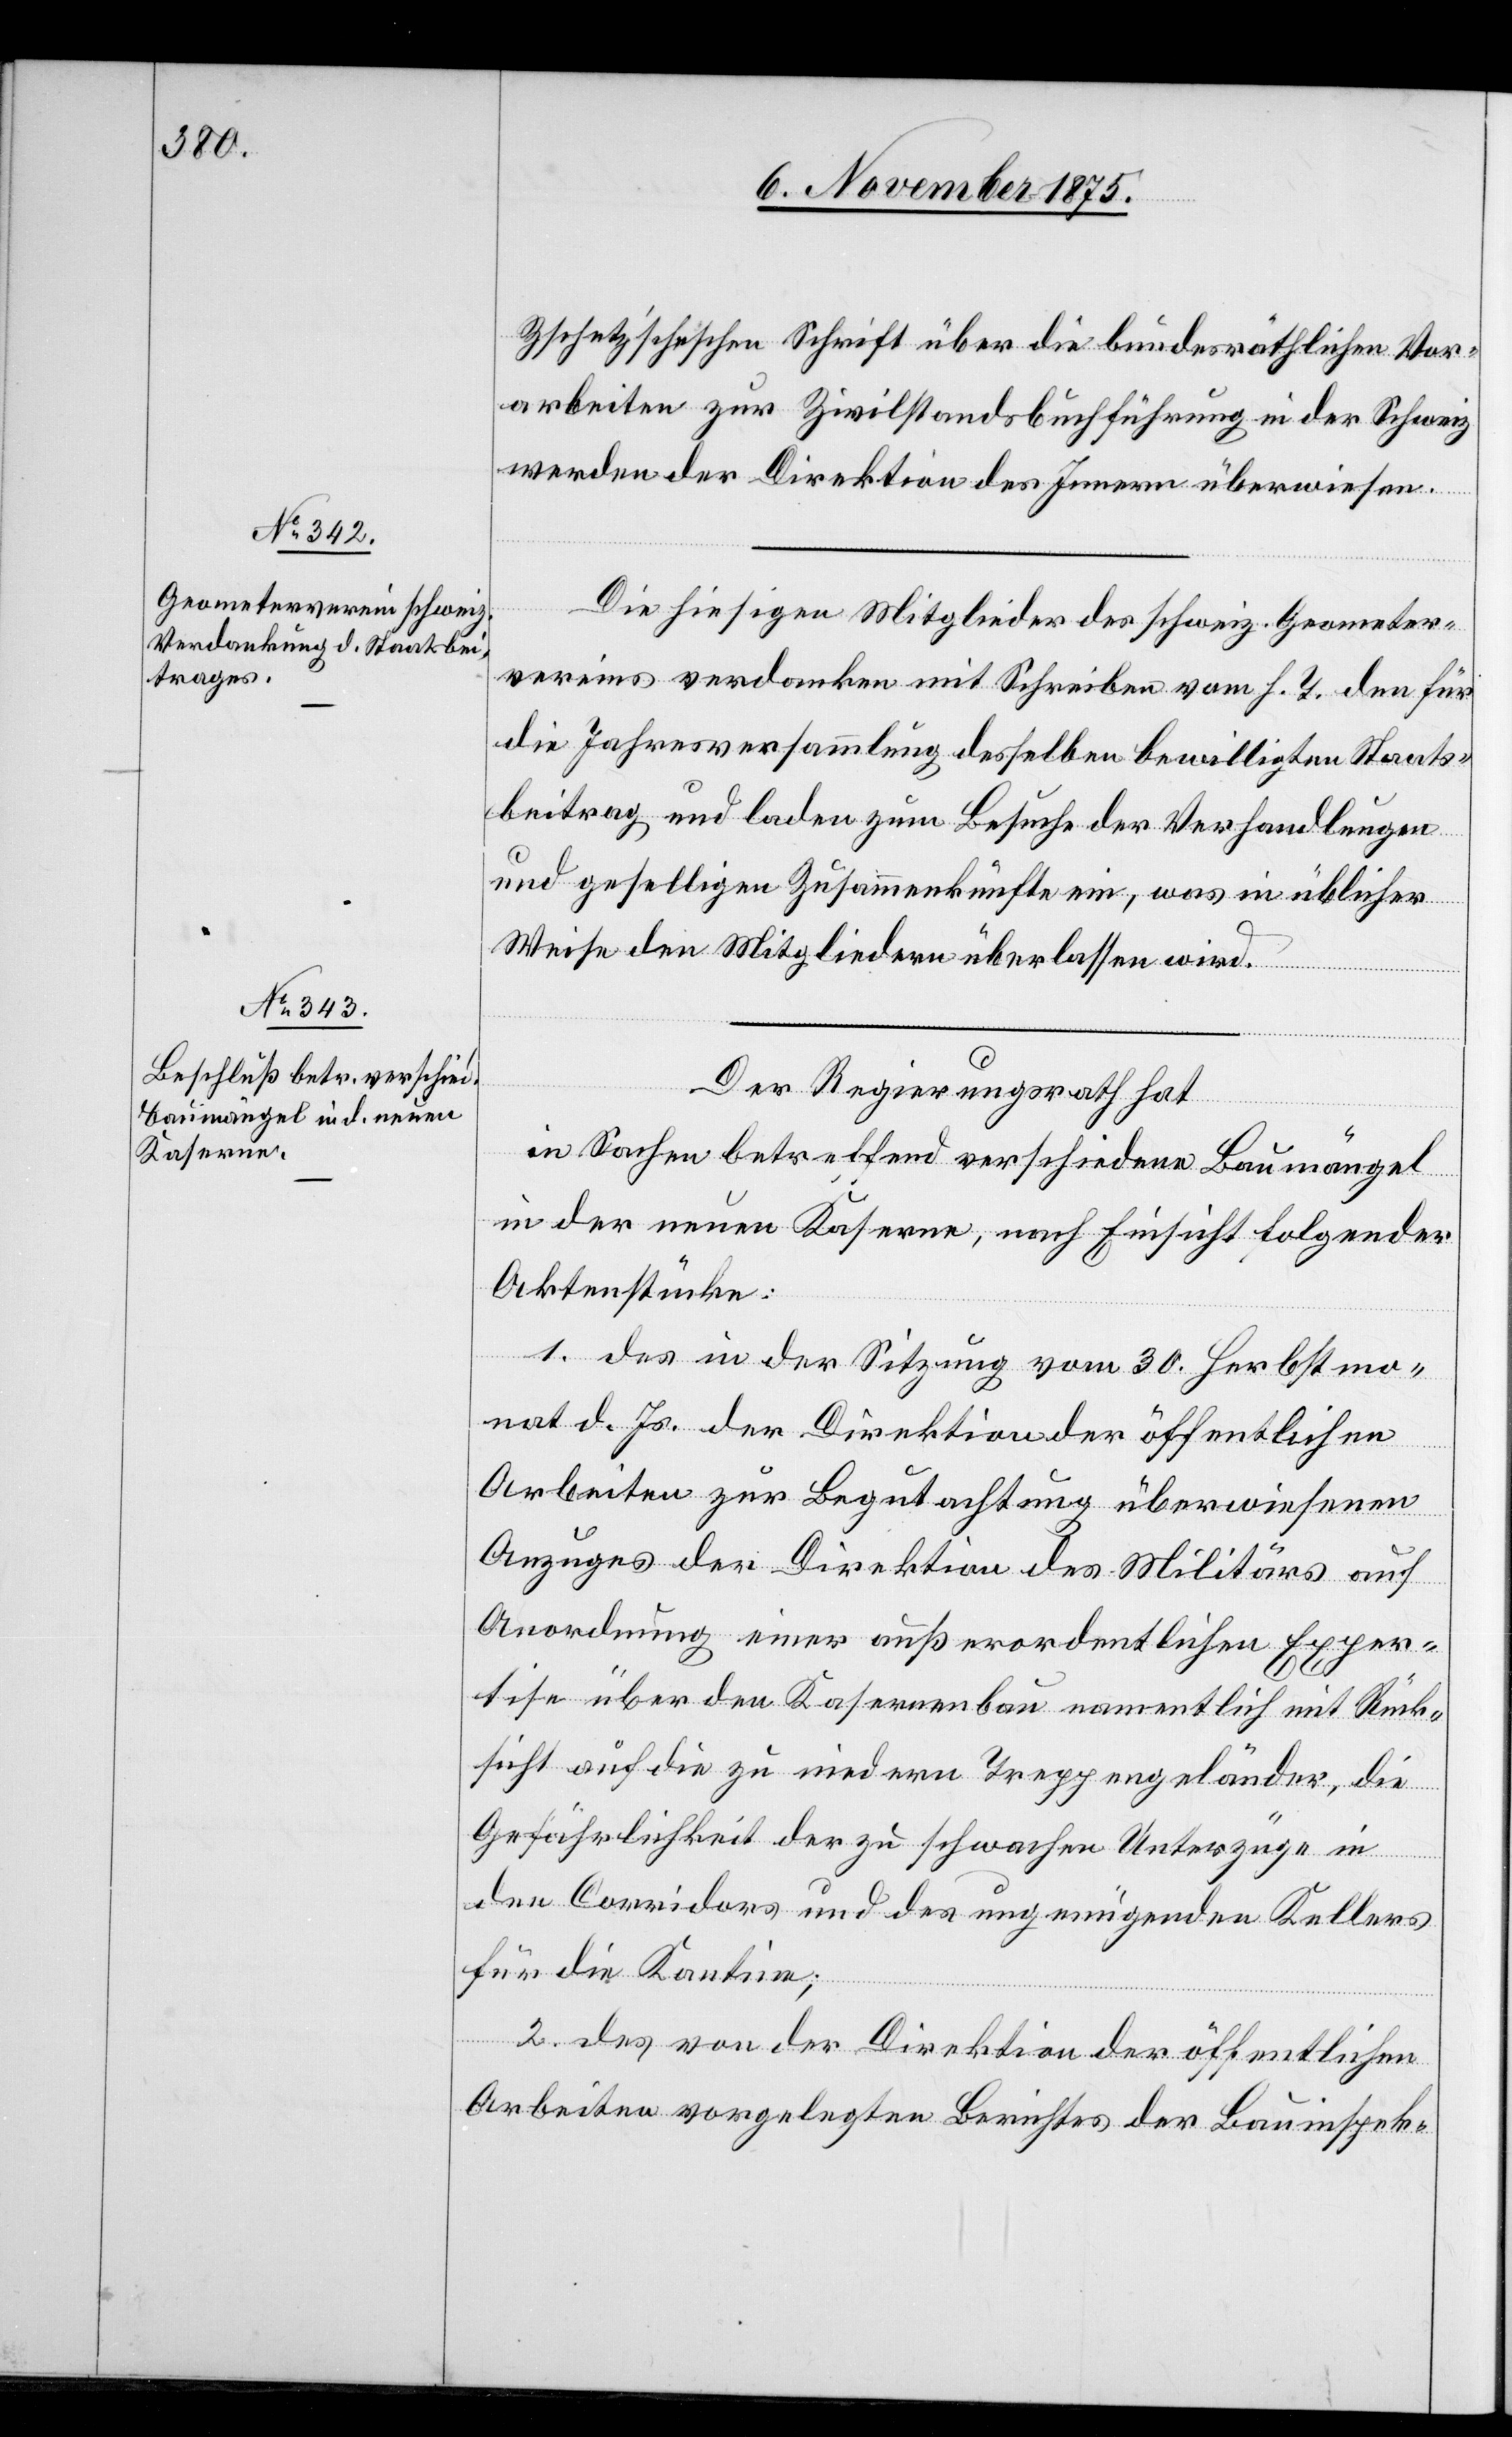
arbeiten zur Zivilstandsbuchführung in der Schweiz
werden der Direktion des Innern überwiesen.
Die hiesigen Mitglieder des schweiz. Geometer¬
vereins verdanken mit Schreiben vom h. T. den für
die Jahresversammlung desselben bewilligten Staats¬
beitrag und laden zum Behufe der Verhandlungen
und geselligen Zusammenkünfte ein, was in üblicher
Weise den Mitgliedern überlassen wird.
Der Regierungsrath hat
in Sachen betreffend verschiedene Baumängel
in der neuen Kaserne, nach Einsicht folgender
Aktenstücke:
1. des in der Sitzung vom 30. Herbstmo¬
nat d. Js. der Direktion der öffentlichen
räthlichen
Arbeiten zur Begutachtung überwiesenen
Anzuges der Direktion des Militärs auf
Anordnung einer außerordentlichen Exper¬
tise über den Kasernenbau namentlich mit Rück¬
sicht auf die zu niedern Treppengeländer, die
Gefährlichkeit der zu schwachen Unterzüge in
Vor¬
den Corridors und des ungenügenden Kellers
für die Kantine;
2. des von der Direktion der öffentlichen
Arbeiten vorgelegten Berichtes der Bauinspek-